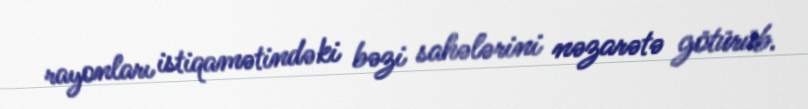
rayonları istiqamətindəki bəzi sahələrini nəzarətə götürüb.